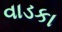
વાડકા